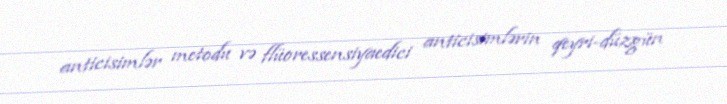
anticisimlər metodu və flüoressensiyaedici anticisimlərin qeyri-düzgün